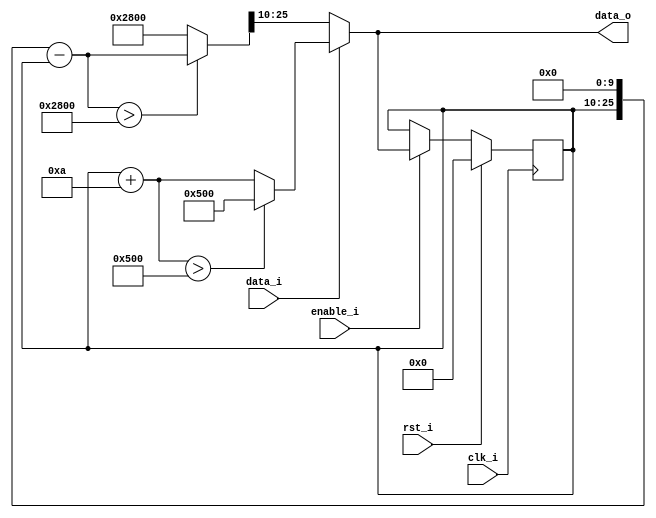
`timescale 1ns / 1ps
module mux
(
	input clk_i,
	input rst_i,
	input enable_i,
	input data_i,
	output [15:0] data_o 
);

localparam d_min = 16'd10;
localparam d_max = 16'd1280;

wire [25:0] tmp;
wire [25:0] data_max;
wire [15:0] data_min;
reg [15:0] data_stop;

assign data_min = (data_stop + d_min > d_max) ? d_max : data_stop + d_min;
assign data_max = ({data_stop, 10'b0} - tmp > {d_min, 10'b0}) ? {data_stop, 10'b0} - tmp : {d_min, 10'b0};
assign tmp = {10'b0, data_stop};
assign data_o = data_i ? data_min : data_max[25:10];

always @(posedge clk_i)
begin
	if (rst_i)
		data_stop <= 16'b0;
	else
		if (enable_i)
			data_stop <= data_o;
end


endmodule